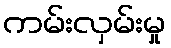
ကမ်းလှမ်းမှု